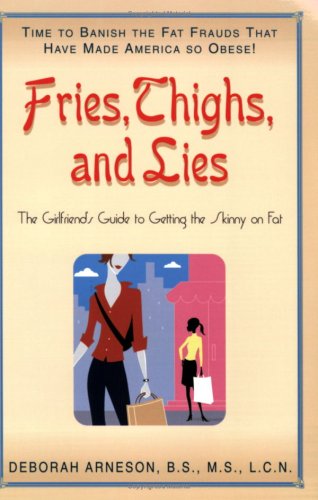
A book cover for Fries, Thighs, And Lies: The Girlfriends' Guide to Getting the Skinny on Fat; Deborah Arneson; Health, Fitness & Dieting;